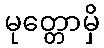
မုတ္တောမှိ